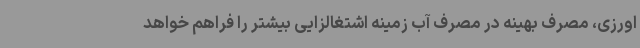
اورزی، مصرف بهینه در مصرف آب زمینه اشتغالزایی بیشتر را فراهم خواهد